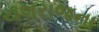
યશરાજના